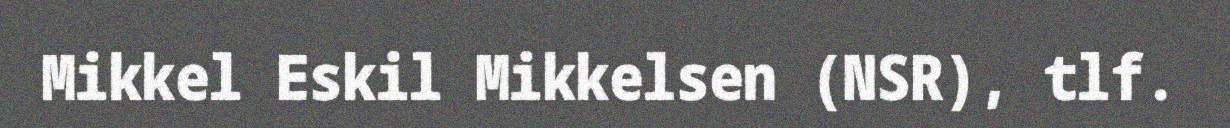
Mikkel Eskil Mikkelsen (NSR), tlf.